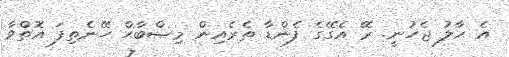
އެ ޙާލު ޖެހުނީ. ރޭ އެގޭގެ ފެންޑާ ތެރެއިން މިޞްބާޙް ހޭނެތިފަ އޮތްވާ